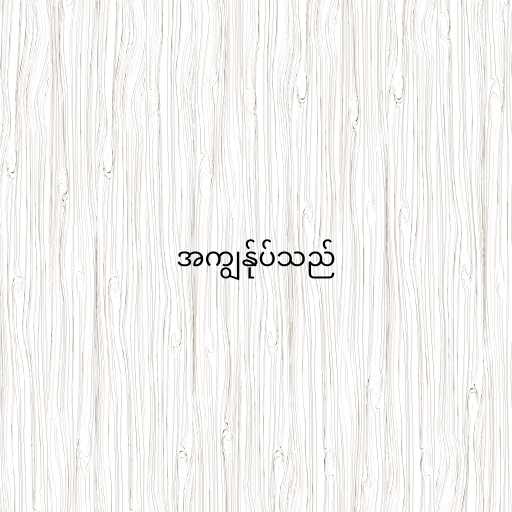
အကျွန်ုပ်သည်